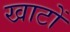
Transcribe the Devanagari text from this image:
खाटों